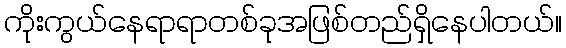
ကိုးကွယ်နေရာရာတစ်ခုအဖြစ်တည်ရှိနေပါတယ်။